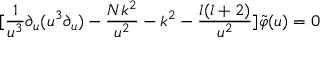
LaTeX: [ \frac { 1 } { u ^ { 3 } } \partial _ { u } ( u ^ { 3 } \partial _ { u } ) - \frac { N k ^ { 2 } } { u ^ { 2 } } - k ^ { 2 } - \frac { l ( l + 2 ) } { u ^ { 2 } } ] \tilde { \varphi } ( u ) = 0